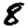
Digit: 8